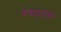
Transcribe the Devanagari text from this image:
प्रवाहावर